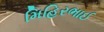
મિહિરભાઈ